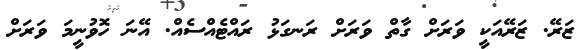
ޒަރޭ. ޒަރޭއަކީ ވަރަށް ގާތް ވަރަށް ރަނގަޅު ރައްޓެއްސެއް. އޭނަ ހޮވުނީމަ ވަރަށް